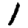
Digit: 1